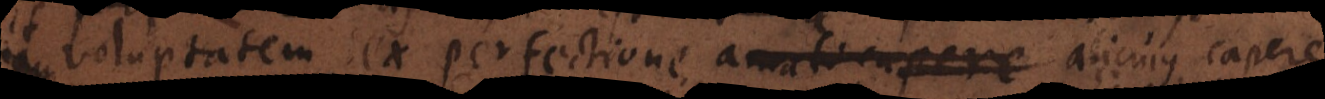
voluptatem ex perfectione amati alicujus capere,